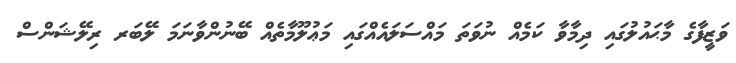
ވަޒީފާގެ މާޙައުލުގައި ދިމާވާ ކަމެއް ނުވަތަ މައްސަލައެއްގައި މަޢުލޫމާތެއް ބޭނުންވާނަމަ ލޭބަރ ރިލޭޝަންސް